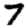
Digit: 7